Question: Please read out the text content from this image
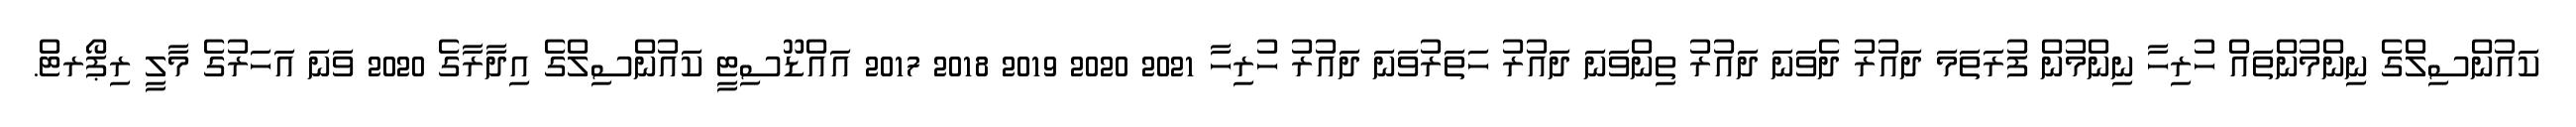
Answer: ކައުންސިލްގެ ނިންމުންތައް ހުރިހާ ނިންމުން ފުރަތަމަ ދައުރު ދެވަނަ ދައުރު ތިންވަނަ ދައުރު ހަތަރުވަނަ ދައުރު ހުރިހާ 2021 2020 2019 2018 2017 އައްޑޫސިޓީ ކައުންސިލްގެ އިދާރާގެ 2020 ވަނަ އަހަރުގެ މާލީ ރިޕޯރޓް.